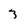
Character: 3